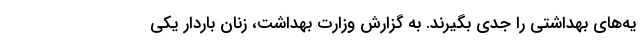
یه‌های بهداشتی را جدی بگیرند. به گزارش وزارت بهداشت، زنان باردار یکی